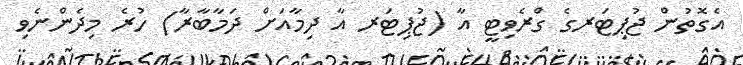
އެގޮތުން ޖުޕިޓަރގެ ގްރެވިޓީ އާ (ޖުޕިޓަރ އާ ދިމާއަށް ދަމާބާރާ) ހުރެ މިދެންނެވި